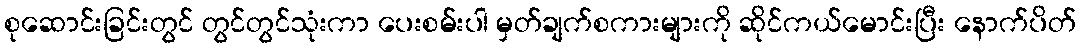
စုဆောင်းခြင်းတွင် တွင်တွင်သုံးကာ ပေးစမ်းပါ မှတ်ချက်စကားများကို ဆိုင်ကယ်မောင်းပြီး နောက်ပိတ်